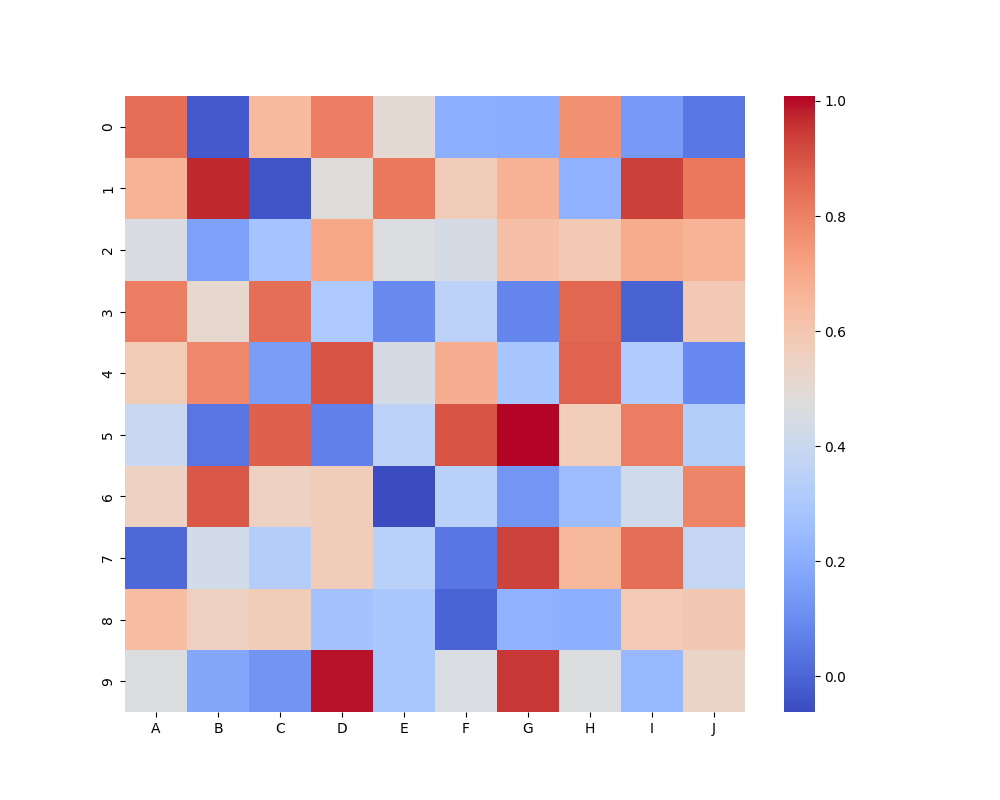
python, seaborn, heatmap, cmap='coolwarm', linewidths=0.0, center=none